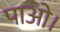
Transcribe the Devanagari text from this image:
पाओ।